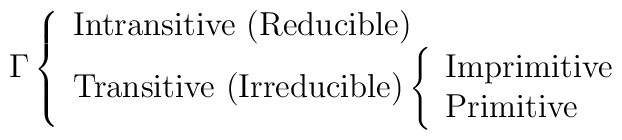
\Gamma \left\{\begin{array}{l}        \mbox{Intransitive (Reducible)} \\        \mbox{Transitive (Irreducible)} 	\left\{\begin{array}{l}                $Imprimitive$\\                $Primitive$        \end{array}  \right.\end{array}  \right.